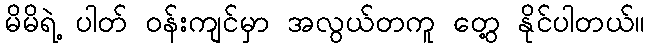
မိမိရဲ့ ပါတ် ဝန်းကျင်မှာ အလွယ်တကူ တွေ့ နိုင်ပါတယ်။